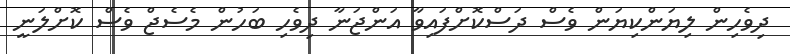
ދިވެހިން ލިޔަންކިޔަން ވެސް ދަސްކޮށްފައިވާ އަންޖަނާ ދިވެހި ބަހުން މެސެޖް ވެސް ކޮށްލަނީ